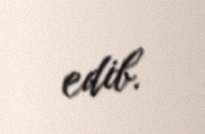
edib.